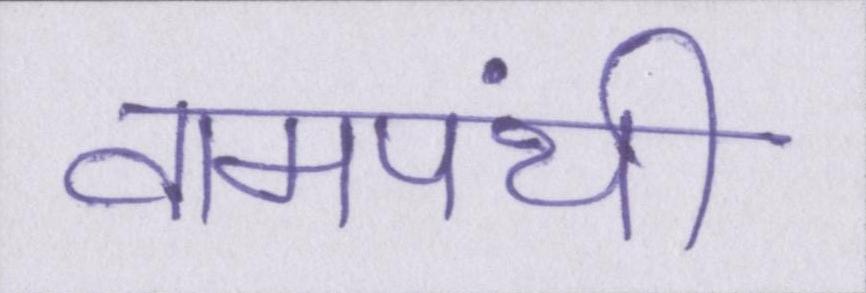
वामपंथी